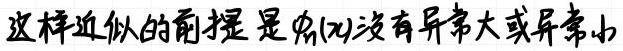
这样近似的前提是$f(x)$没有异常大或异常小